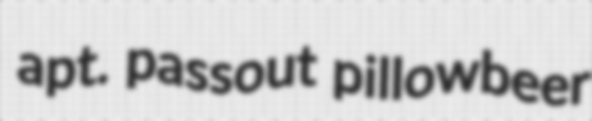
apt. passout pillowbeer